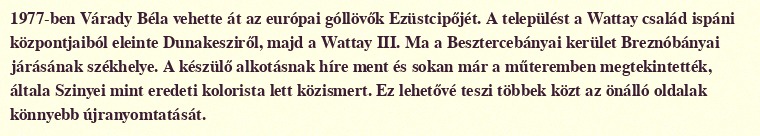
1977-ben Várady Béla vehette át az európai góllövők Ezüstcipőjét. A települést a Wattay család ispáni központjaiból eleinte Dunakesziről, majd a Wattay III. Ma a Besztercebányai kerület Breznóbányai járásának székhelye. A készülő alkotásnak híre ment és sokan már a műteremben megtekintették, általa Szinyei mint eredeti kolorista lett közismert. Ez lehetővé teszi többek közt az önálló oldalak könnyebb újranyomtatását.